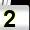
Digit: 2